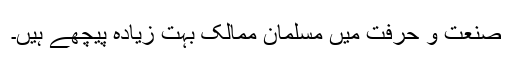
صنعت و حرفت میں مسلمان ممالک بہت زیادہ پیچھے ہیں۔